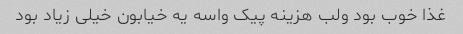
غذا خوب بود ولب هزینه پیک واسه یه خیابون خیلی زیاد بود